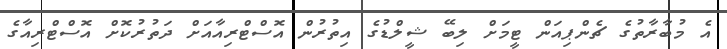
އެ މުބާރާތުގެ ޗެންޕިއަން ޓީމަށް ލިބޭ ޝީލްޑުގެ އިތުރުން އޮސްޓްރިއާއަށް ދަތުރުކޮށް އޮސްޓްރިއާގެ